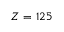
Z = 1 2 5